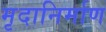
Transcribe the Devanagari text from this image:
मृदानिर्माण